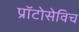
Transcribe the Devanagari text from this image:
प्राॅटोसेविच